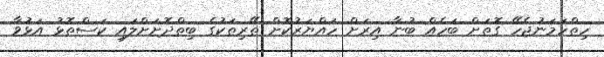
ހިތްހަމަނުޖެހޭ ގޮތަށް ބަހެއް ބުނާ އިރަށް ހައްޔަރުކޮށް ތޭރިތަކުގެ ބިތްދޮށަށްލައި ކަސްތޮޅު އަޅުވާ